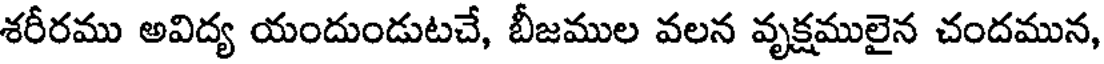
శరీరము అవిద్య యందుండుటచే, బీజముల వలన వృక్షములైన చందమున,